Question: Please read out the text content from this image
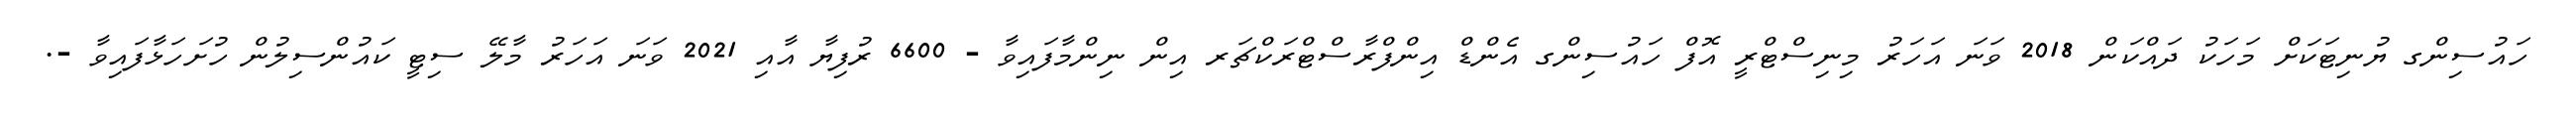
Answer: ހައުސިންގ ޔުނިޓަކަށް މަހަކު ދައްކަން 2018 ވަނަ އަހަރު މިނިސްޓްރީ އޮފް ހައުސިންގ އެންޑް އިންފްރާސްޓްރަކްޗަރ އިން ނިންމާފައިވާ - 6600 ރުފިޔާ އާއި 2021 ވަނަ އަހަރު މާލޭ ސިޓީ ކައުންސިލުން ހުށަހަޅާފައިވާ -.